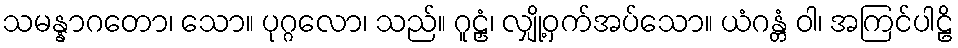
သမန္နာဂတော၊ သော။ ပုဂ္ဂလော၊ သည်။ ဂူဠှံ၊ လျှို့ဝှက်အပ်သော။ ယံဂန္တံ ဝါ၊ အကြင်ပါဠိ